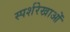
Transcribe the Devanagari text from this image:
स्पर्शरेखाओं